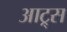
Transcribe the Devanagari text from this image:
आट्र्स